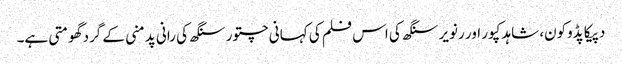
دپیکا پڈوکون، شاہد کپور اور رنویر سنگھ کی اس فلم کی کہانی چتور سنگھ کی رانی پدمنی کے گرد گھومتی ہے۔